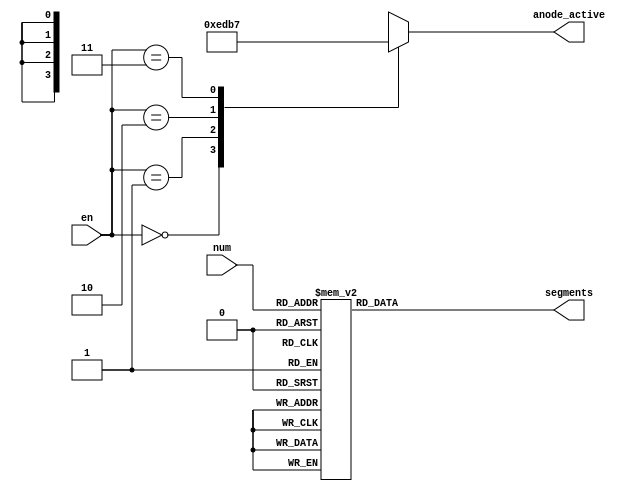
`timescale 1ns / 1ps
//////////////////////////////////////////////////////////////////////////////////
// Company: 
// Engineer: 
// 
// Design Name: 
// Module Name: SevSeg
// Project Name: 
// Target Devices: 
// Tool Versions: 
// Description: 
// 
// Dependencies: 
// 
// Revision:
// Revision 0.01 - File Created
// Additional Comments:
// 
//////////////////////////////////////////////////////////////////////////////////


module SevenSegDecWithEn(
    input [1:0] en,
    input [3:0] num,
    output reg [6:0] segments,
    output reg [3:0] anode_active
);
    always @ (num,en) begin
        case( en )
            0: anode_active = 4'b1110;
            1: anode_active = 4'b1101;
            2: anode_active = 4'b1011;
            3: anode_active = 4'b0111;
            default: anode_active = 4'b1111;
        endcase
        case (num)
            0: segments = 7'b1000000;
            1: segments = 7'b1111001;
            2: segments = 7'b0100100;
            3: segments= 7'b0110000;
            4: segments =7'b0011001;
            5:segments = 7'b0010010;
            6:segments = 7'b0000010;
            7: segments = 7'b1111000;
            8: segments = 7'b0000000;
            9: segments = 7'b0011000;
            default: segments = 7'b1111111; //Invalid input, show blank
        endcase
    end
endmodule